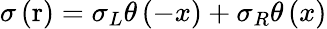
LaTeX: \sigma\left(\mathrm{r}\right)={{\sigma}_{L}}\theta\left(-x\right)+{{\sigma}_{R}}\theta\left(x\right)